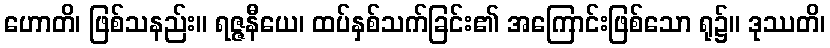
ဟောတိ၊ ဖြစ်သနည်း။ ရဇ္ဇနီယေ၊ ထပ်နှစ်သက်ခြင်း၏ အကြောင်းဖြစ်သော ရု၌။ ဒုဿတိ၊